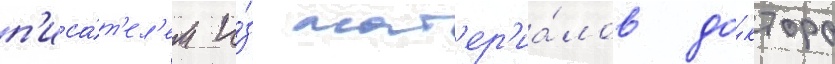
п'иса́т'ел'ем и́з мат'ер'иа́лов до́ктора